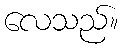
လေသည်။